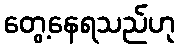
တွေ့နေရသည်ဟု